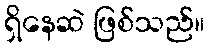
ရှိနေဆဲ ဖြစ်သည်။